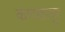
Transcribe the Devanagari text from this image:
कणकापूर